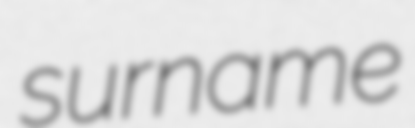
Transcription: surname